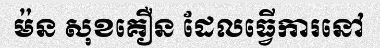
ម៉ន សុខគឿន ដែលធ្វើការនៅ